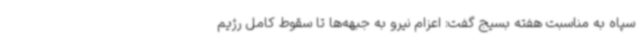
سپاه به مناسبت هفته بسیج گفت: اعزام نیرو به جبهه‌ها تا سقوط کامل رژیم